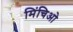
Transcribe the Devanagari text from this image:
मिंचिओ